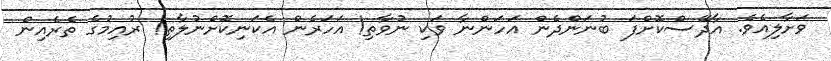
ވަށާލިއެވެ. އާދޭސްކޮށްފަ ބުނަންދެން އަހަންނާ ވަކި ނުވާތި! އަހަރެން އެކަނިކޮށްނުލާތި! ރުއިމުގެ ތެރެއިން